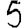
Digit: 5